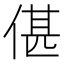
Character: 偡